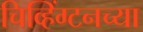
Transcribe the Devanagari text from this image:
चिव्हिंग्टनच्या